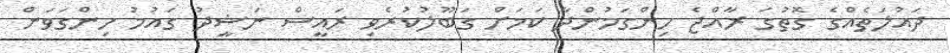
ދައުލަތެއްގެ ގޮތުގަ ރާއްޖެ ހިންގަމުންދާ ކަމަށް ގަބޫލުކުރެވި ރައީސް ނަޝީދު ގައުމު ހިންގަވަން